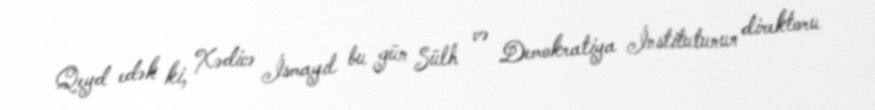
Qeyd edək ki, Xədicə İsmayıl bu gün Sülh və Demokratiya İnstitutunun direktoru